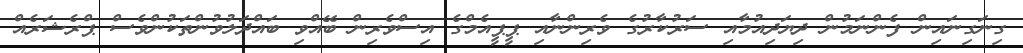
ގިނަގިނައިން ފެންނަމުން ދިޔަދިއުމާއި ސަރުކާރުގެ ވެރިންނާއި ޕީޕީއެމްގެ އިސްވެރިން ބޭއްވި ބައްދަލުވުންތަކުންވެސް ޕްރެޝަރެއް